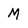
Character: M